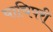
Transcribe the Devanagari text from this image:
याचिपरी